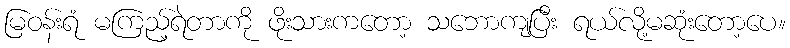
မြဝန်းရံ မကြည့်ရဲတာကို ဖိုးသားကတော့ သဘောကျပြီး ရယ်လို့မဆုံးတော့ပေ။